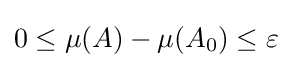
0\leq \mu (A)-\mu (A_{0})\leq \varepsilon